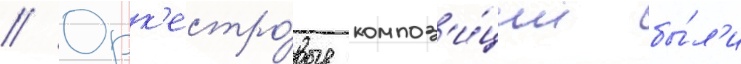
// Орк'естро́вые композ'и́ции бы́л'и